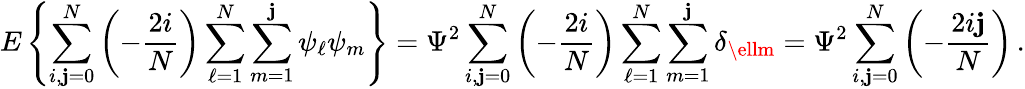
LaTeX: E\left\{ \sum_{i,\mathbf{j}=0}^{N}\left(-{\frac{{2i}}{{N}}}\right)\sum_{\ell=1}^{N}\sum_{m=1}^{\mathbf{j}}\psi_{\ell}\psi_{m}\right\} =\Psi^{2}\sum_{i,\mathbf{j}=0}^{N}\left(-{\frac{{2i}}{{N}}}\right)\sum_{\ell=1}^{N}\sum_{m=1}^{\mathbf{j}}\delta_{\ellm}=\Psi^{2}\sum_{i,\mathbf{j}=0}^{N}\left(-{\frac{{2i\mathbf{j}}}{{N}}}\right)\, .